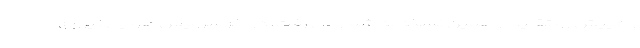
راه پیش رو تقلید از همین نسخه به شمار می رفت. در آخر سرویس هوایی نیروی